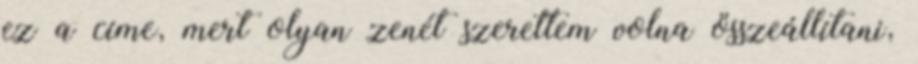
ez a címe, mert olyan zenét szerettem volna összeállítani,